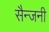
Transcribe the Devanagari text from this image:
सैन्जनी